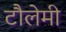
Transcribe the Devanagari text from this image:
टौलेमी